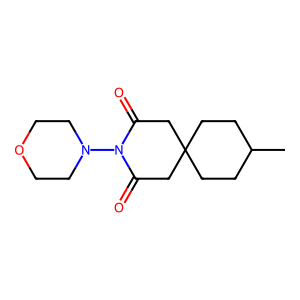
SMILES: CC1CCC2(CC1)CC(=O)N(N1CCOCC1)C(=O)C2
Inhibits HIV replication: No